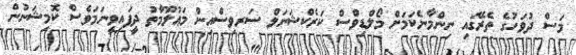
މަސް ދުވަހުގެ ތެރޭގައި ނިންމާނެކަމަށް މޯލްޑިވްސް ކަރެކްޝަނަލް ސަރވިސްއިން މަޢުލޫމާތު ދީފައިވީނަމަވެސް ކޮމިޝަނުން